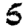
Digit: 5